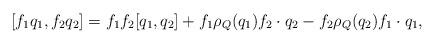
LaTeX: \begin{align*} [f_1q_1,f_2q_2] = f_1f_2[q_1,q_2] + f_1\rho_Q(q_1)f_2\cdot q_2 - f_2\rho_Q(q_2)f_1\cdot q_1,\end{align*}